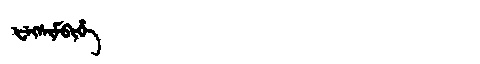
Manchu: ᡶᡝᡴᠰᡳᠮᠪᡳᡥᡝ
Romanization: FEKSIMBIHE